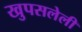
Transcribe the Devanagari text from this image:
खुपसलेली